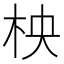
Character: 柍